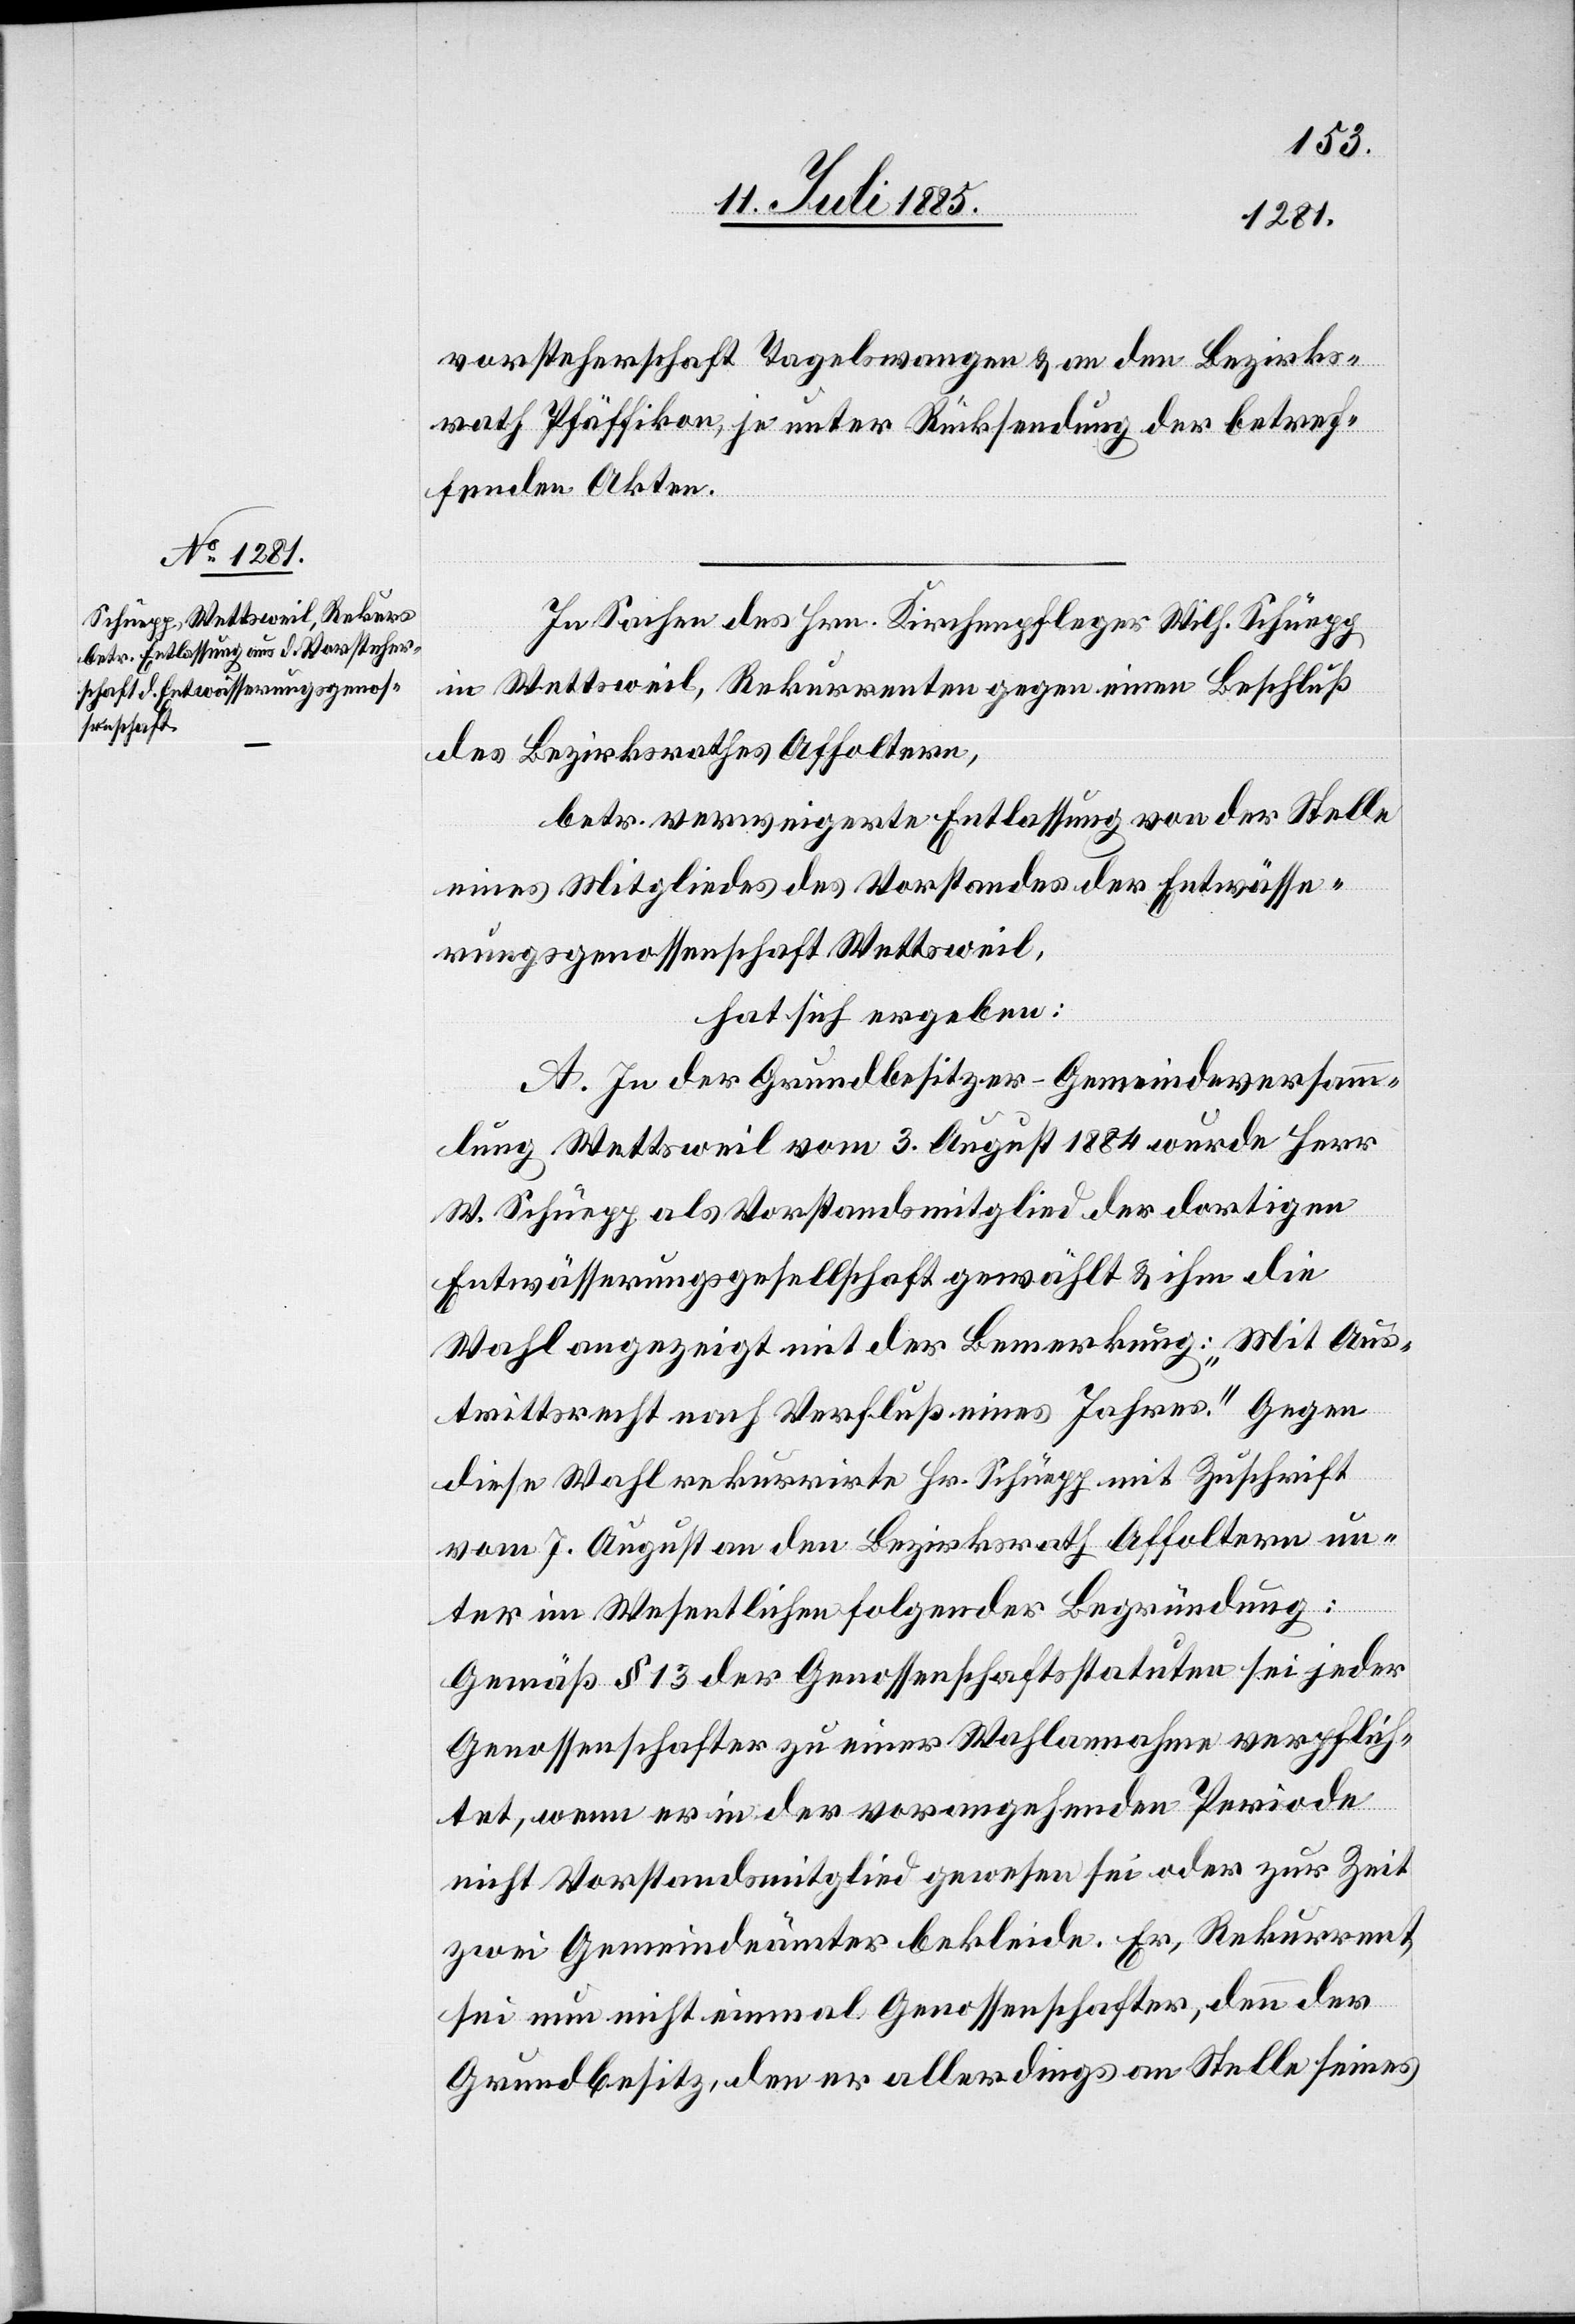
vorsteherschaft Tagelswangen & an den Bezirks¬
rath Pfäffikon je unter Rücksendung der betref¬
fenden Akten.
In Sachen des Hrn. Kirchenpflegers Wilh. Schüepp
in Wettsweil, Rekurrenten gegen einen Beschluß
des Bezirksrathes Affoltern,
betr. verweigerter Entlassung von der Stelle
eines Mitgliedes des Vorstandes der Entwässe¬
rungsgenossenschaft Wettsweil,
hat sich ergeben:
A. In der Grundbesitzer-Gemeindeversamm¬
lung Wettsweil vom 3. August 1884 wurde Herr
W. Schüepp als Vorstandsmitglied der dortigen
Entwässerungsgesellschaft gewählt & ihm die
Wahl angezeigt mit der Bemerkung: „Mit Aus¬
trittsrecht nach Verfluß eines Jahres.“ Gegen
diese Wahl rekurrirte Hr. Schüepp mit Zuschrift
vom 7. August an den Bezirksrath Affoltern un¬
ter im Wesentlichen folgender Begründung:
Gemäß § 13 der Genossenschaftsstatuten sei jeder
Genossenschafter zu einer Wahlannahme verpflich¬
tet, wenn er in der vorangehenden Periode
nicht Vorstandsmitglied gewesen sei oder zur Zeit
zwei Gemeindeämter bekleide. Er, Rekurrent,
sei nun nicht einmal Genossenschafter, denn der
Grundbesitz, den er allerdings an Stelle seines